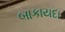
બાકાયદા